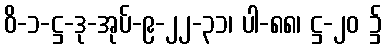
ဝိ-၁-ဋ္ဌ-ဒု-အုပ်-၉-၂၂-၃၁၊ ပါ-၈၈၊ ဋ္ဌ-၂၀ ၌